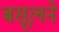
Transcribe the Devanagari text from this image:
बसूलने